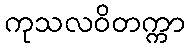
ကုသလဝိတက္ကာ